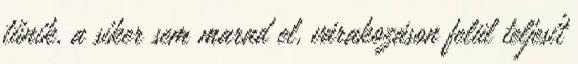
tűnik, a siker sem marad el, várakozáson felül teljesít